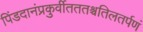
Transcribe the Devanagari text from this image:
पिंडदानंप्रकुर्वीतततश्चतिलतर्पणं